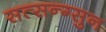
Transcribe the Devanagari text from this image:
सत्सन्ग्सुन